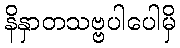
နိနှာတသဗ္ဗပါပေါမှိ